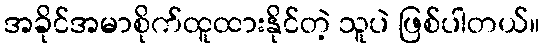
အခိုင်အမာစိုက်ထူထားနိုင်တဲ့ သူပဲ ဖြစ်ပါတယ်။